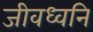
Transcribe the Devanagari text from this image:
जीवध्वनि